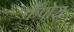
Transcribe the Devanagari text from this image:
कँपोस